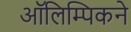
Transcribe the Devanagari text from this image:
ऑलिम्पिकने